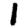
Digit: 1